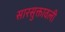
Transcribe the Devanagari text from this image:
सारसुक्तावली